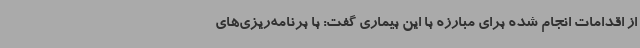
از اقدامات انجام شده برای مبارزه با این بیماری گفت: با برنامه‌ریزی‌های